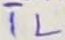
Text: TL